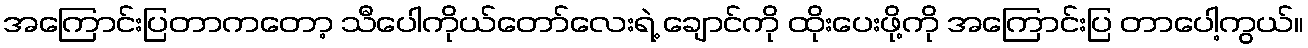
အကြောင်းပြတာကတော့ သီပေါကိုယ်တော်လေးရဲ့ ချောင်ကို ထိုးပေးဖို့ကို အကြောင်းပြ တာပေါ့ကွယ်။